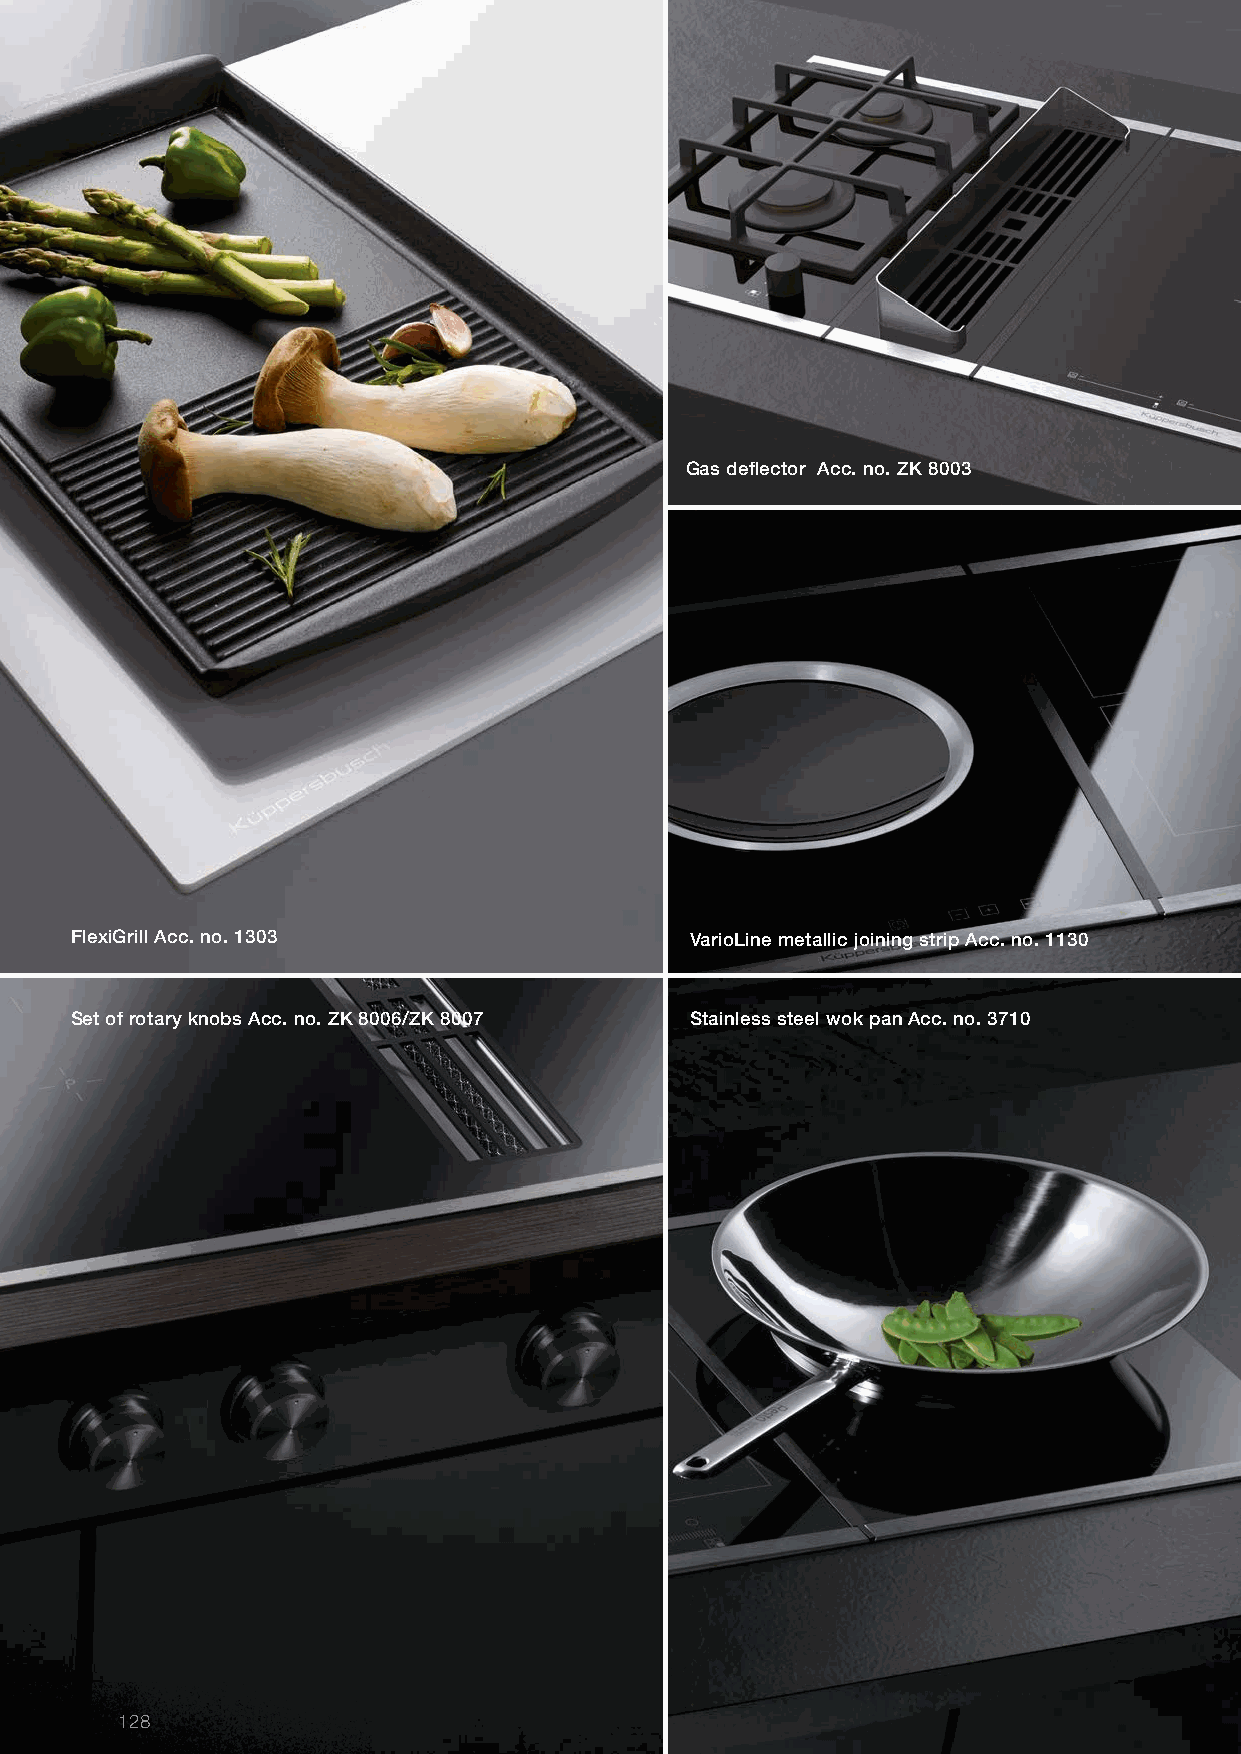
Gas defl ector Acc. no. ZK 8003
 FlexiGrill Acc. no. 1303                 VarioLine metallic joining strip Acc. no. 1130
 Set of rotary knobs Acc. no. ZK 8006/ZK 8007 Stainless steel wok pan Acc. no. 3710
 128